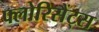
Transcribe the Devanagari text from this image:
फ्लोरिसैंट्स